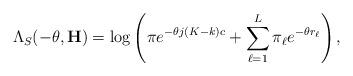
LaTeX: \begin{align*}\Lambda_S(-\theta, \mathbf{H})=\log\left(\pi e^{-\theta j(K-k)c}+\sum_{\ell=1}^L \pi_\ell e^{-\theta r_\ell}\right),\end{align*}